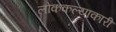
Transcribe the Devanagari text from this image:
लोककल्याकारी